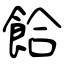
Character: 餄